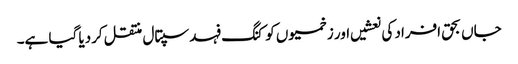
جاں بحق افراد کی نعشیں اور زخمیوں کو کنگ فہد سپتال منتقل کردیا گیا ہے۔